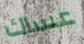
عساك